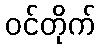
ဝင်တိုက်